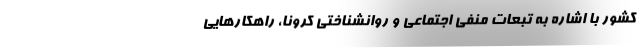
کشور با اشاره به تبعات منفی اجتماعی و روانشناختی کرونا، راهکارهایی